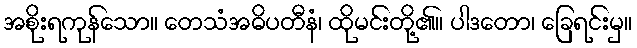
အစိုးရကုန်သော။ တေသံအဓိပတီနံ၊ ထိုမင်းတို့၏။ ပါဒတော၊ ခြေရင်းမှ။